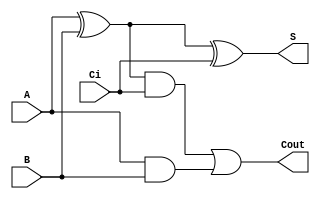
module sum1bcc_primitive (A, B, Ci,Cout,S);

//entradas
  input  A;
  input  B;
  input  Ci;
//salidas  
  output Cout;
  output S;

// Cableado
  wire a_ab;
  wire x_ab;
  wire cout_t;

  and(a_ab,A,B);	//Se define a_ab como la salida de una compuerta tipo "and" con entradas A y B 
  xor(x_ab,A,B);	//Se define x_ab como la salida de una compuerta tipo "Xor" con entradas A y B

  xor(S,x_ab,Ci);	//Se define la salida S como la salida de una compuerta tipo "Xor" con entradas x_ab y Ci
  and(cout_t,x_ab,Ci);	//Se define cout_t como la salida de una compuerta tipo "and" con entradas x_ab y Ci

  or (Cout,cout_t,a_ab);	//Se define la salida Cout como la salida de una compuerta tipo "or" con entradas cout_t y a_ab

endmodule